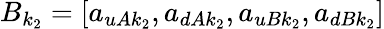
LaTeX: B_{k_{2}}=[a_{uAk_{2}},a_{dAk_{2}},a_{uBk_{2}},a_{dBk_{2}}]